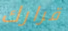
قرارك